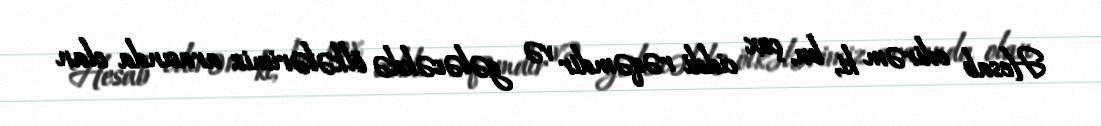
Hesab edirəm ki, bu, çox ciddi rəqəmdir və gələcəkdə ölkələrimiz arasında olan